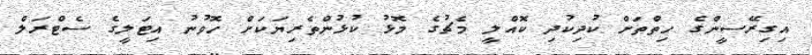
އިގިރޭސީންގެ ހިތްތަށް ކުދިކުދި ކޮއްލީ މެޗުގެ މޮޅު ކުޅުންތެރިޔަކަށް ހޮވުނު އިޓަލީގެ ސެޓްރަލް